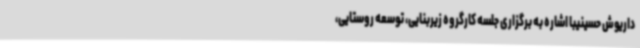
داریوش حسینیبا اشاره به برگزاری جلسه کارگروه زیربنایی، توسعه روستایی،